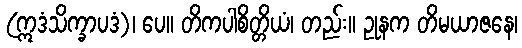
(ဣဒံသိက္ခာပဒံ)၊ ပေ။ တိကပါစိတ္တိယံ၊ တည်း။ ဥုနက တိမယာဇနေ၊